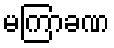
မကြာခဏ